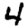
Digit: 4